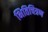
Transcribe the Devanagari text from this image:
भितिचित्रण